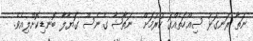
ނަތާ ރަނގަޅު ސިއްހަތެއްގަ ހުރުމަށް  ނަތާޝާ ގެނެސް ގަޔާލާ ބޮނޑިކޮށްލިއެވެ.